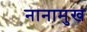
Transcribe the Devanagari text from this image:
नानामुख